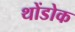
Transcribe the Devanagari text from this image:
थोंडोक